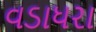
વડાધરા